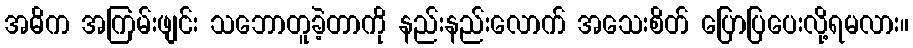
အဓိက အကြမ်းဖျင်း သဘောတူခဲ့တာကို နည်းနည်းလောက် အသေးစိတ် ပြောပြပေးလို့ရမလား။